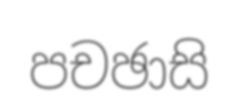
පචඡාසි